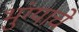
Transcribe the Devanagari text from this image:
भुंग्याचे